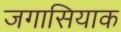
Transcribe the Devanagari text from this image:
जगासियाक